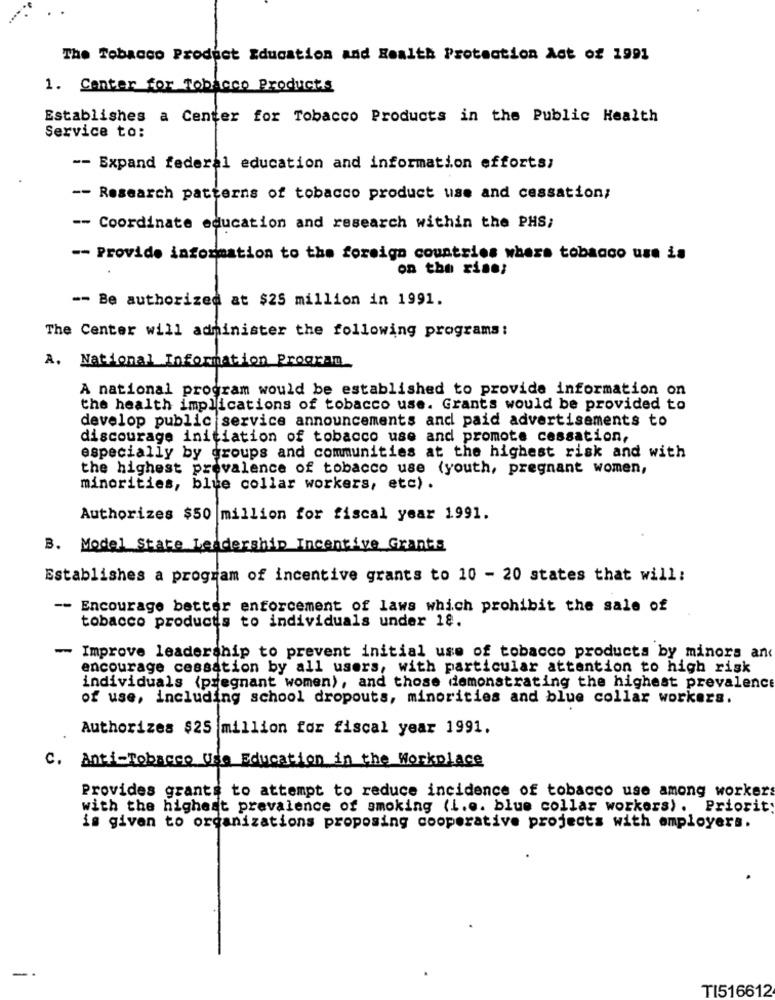
The Tobacco Product Education and Health Protection Act of 1991
1. Center for Tobacco Products
Establishes a Center for Tobacco Products in the Public Health
Service to:
-- Expand federal education and information efforts;
-- Research patterns of tobacco product use and cessation;
-- Coordinate education and research within the PHS;
-- Provide information to the foreign countries where tobacco use is
on the rise;
-- Be authorized at $25 million in 1991.
The Center will administer the following programs:
A. National Information Program
A national program would be established to provide information on
the health implications of tobacco use. Grants would be provided to
develop public service announcements and paid advertisements to
discourage initiation of tobacco use and promote cessation,
especially by groups and communities at the highest risk and with
the highest prevalence of tobacco use (youth, pregnant women,
minorities, blue collar workers, etc) .
Authorizes $50 million for fiscal year 1991.
B. Model State Leadership Incentive Grants
Establishes a program of incentive grants to 10 - 20 states that will:
-- Encourage better enforcement of laws which prohibit the sale of
tobacco products to individuals under 18.
- Improve leadership to prevent initial use of tobacco products by minors an
encourage cessation by all users, with particular attention to high risk
individuals (pregnant women), and those demonstrating the highest prevalence
of use, including school dropouts, minorities and blue collar workers.
Authorizes $25 million for fiscal year 1991.
C. Anti-Tobacco Use Education in the Workplace
Provides grants to attempt to reduce incidence of tobacco use among workers
with the highest prevalence of smoking (i.e. blue collar workers). Priorit
is given to organizations proposing cooperative projects with employers.
TI516612